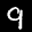
Label: 9